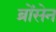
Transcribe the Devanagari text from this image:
ब्रोंसेन